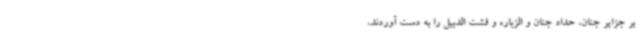
بر جزایر جنان، حداد جنان و الزباره و فشت الدبیل را به دست آوردند،